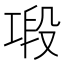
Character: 𢀤